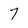
Character: 7